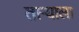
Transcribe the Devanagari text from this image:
ताऱ्‍याला